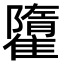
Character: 𩀶